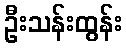
ဦးသန်းထွန်း